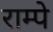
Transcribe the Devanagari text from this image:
राम्पे